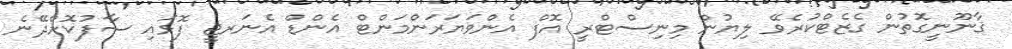
ޤާނޫނީގޮތުން ގެޒެޓްކުރެވޭ ލިޔުން މިނިސްޓްރީ އޮފް އެންވަޔަރަންމަންޓް އެންޑް އެނަރޖީ ފޮޅައި ސާފުކޮށްދޭނެ